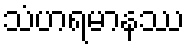
သံဟရမာနဿ